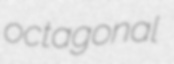
octagonal